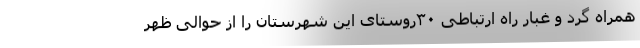
همراه گرد و غبار راه ارتباطی ۳۰روستای این شهرستان را از حوالی ظهر